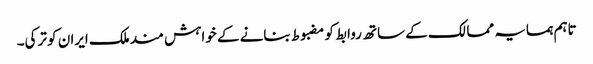
تاہم ہمسایہ ممالک کے ساتھ روابط کو مضبوط بنانے کے خواہش مند ملک ایران کو ترکی۔